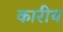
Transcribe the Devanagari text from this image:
कारीय